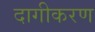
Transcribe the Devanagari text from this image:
दागीकरण